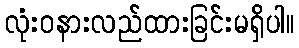
လုံးဝနားလည်ထားခြင်းမရှိပါ။